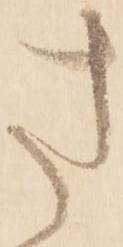
さ